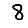
Digit: 8